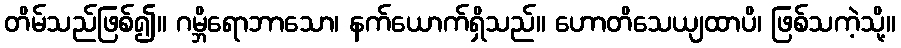
တိမ်သည်ဖြစ်၍။ ဂမ္ဘိရောဘာသော၊ နက်ယောက်ရှိသည်။ ဟောတိသေယျထာပိ၊ ဖြစ်သကဲ့သို့။